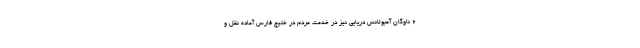
۶ ناوگان آمبولانس دریایی نیز در خدمت مردم در خلیج فارس آماده نقل و